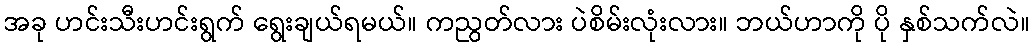
အခု ဟင်းသီးဟင်းရွက် ရွေးချယ်ရမယ်။ ကညွတ်လား ပဲစိမ်းလုံးလား။ ဘယ်ဟာကို ပို နှစ်သက်လဲ။